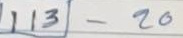
113 - 20